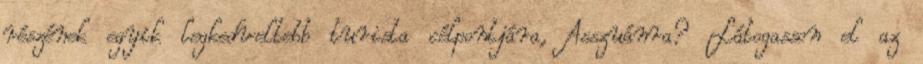
részének egyik legkedveltebb turista célpontjára, Asszuánra? Látogasson el az